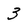
Character: 3